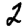
Digit: 2